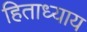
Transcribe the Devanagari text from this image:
हिताध्याय